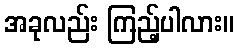
အခုလည်း ကြည့်ပါလား။